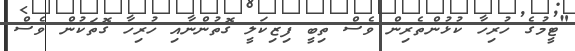
"ޓީމުގެ ހުރިހާ ކުޅުންތެރިން ވެސް ތިބީ ފިޒިކަލީ ގޮތުންނާއި ހުރިހާ ގޮތަކުން ވެސް